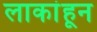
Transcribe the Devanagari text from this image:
लाकांहून